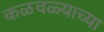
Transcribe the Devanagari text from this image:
कळवळ्याच्या